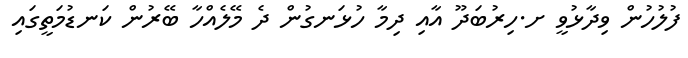
ފުލުހުން ވިދާޅުވީ ށ.ހިރުބަދޫ އާއި ދިމާ ހުޅަނގުން ދެ މޭލެއްހާ ބޭރުން ކަނޑުމަތީގައި